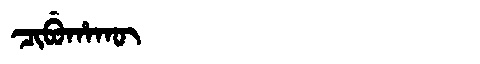
Manchu: ᠴᡳᠪᡠᡥᠠᡴᡡ
Romanization: CIBUHAKŪ